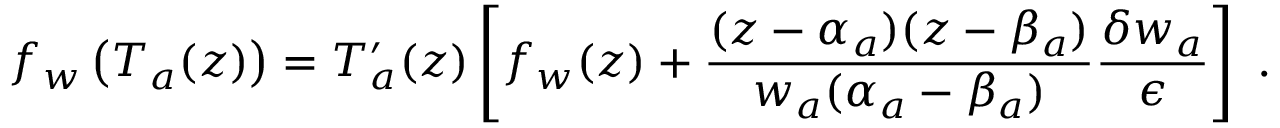
f _ { w } \left( T _ { a } ( z ) \right) = T _ { a } ^ { \prime } ( z ) \left[ f _ { w } ( z ) + \frac { ( z - \alpha _ { a } ) ( z - \beta _ { a } ) } { w _ { a } ( \alpha _ { a } - \beta _ { a } ) } \frac { \delta w _ { a } } { \epsilon } \right] \ .